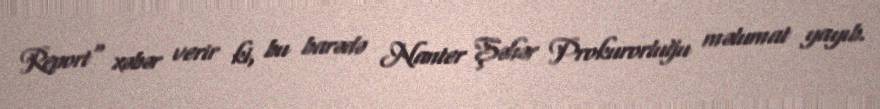
Report" xəbər verir ki, bu barədə Nanter Şəhər Prokurorluğu məlumat yayıb.